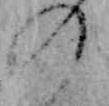
の